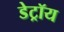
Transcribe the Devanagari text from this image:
डेट्रॉय